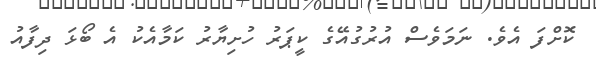
ކޮށްފަ އެވެ. ނަމަވެސް އުރުގުއޭގެ ކީޕަރު ހުށިޔާރު ކަމާއެކު އެ ބޯޅަ ދިފާއު